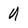
Character: U